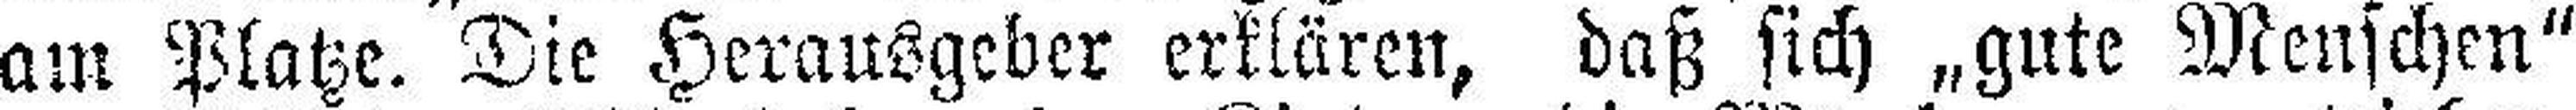
am Platze. Die Herausgeber erklären, daß sich „gute Menschen“